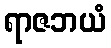
ရာဇဘယံ